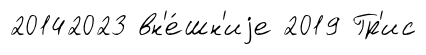
20142023 вн'е́шн'иjе 2019 Гр'ис